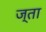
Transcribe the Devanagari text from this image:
ज्ता